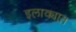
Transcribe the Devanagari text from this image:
इलाक्यात